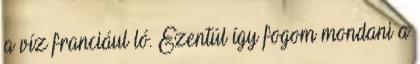
a víz franciául ló. Ezentúl így fogom mondani a